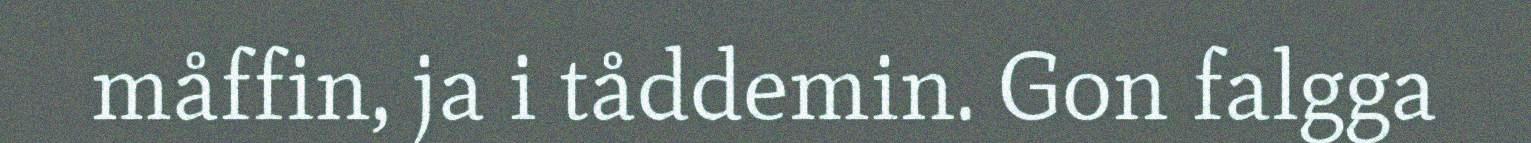
måffin, ja i tåddemin. Gon falgga